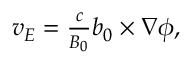
\begin{array} { r } { { \boldsymbol { v } } _ { E } = \frac { c } { B _ { 0 } } { \boldsymbol { b } } _ { 0 } \times { \boldsymbol { \nabla } } \phi , } \end{array}